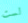
لست